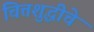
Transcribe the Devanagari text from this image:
चित्तशुद्धीचे